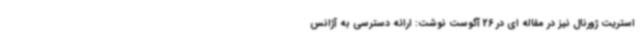
استریت ژورنال نیز در مقاله ای در 26 آگوست نوشت: ارائه دسترسی به آژانس